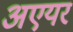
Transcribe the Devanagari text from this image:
अएयर